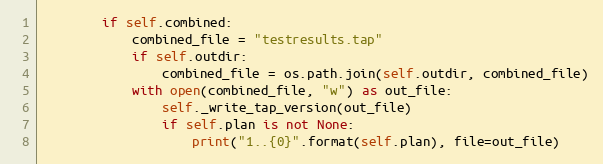
Language: Python
        if self.combined:
            combined_file = "testresults.tap"
            if self.outdir:
                combined_file = os.path.join(self.outdir, combined_file)
            with open(combined_file, "w") as out_file:
                self._write_tap_version(out_file)
                if self.plan is not None:
                    print("1..{0}".format(self.plan), file=out_file)